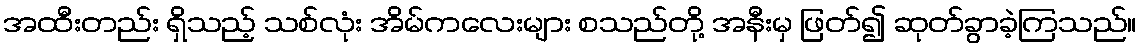
အထီးတည်း ရှိသည့် သစ်လုံး အိမ်ကလေးများ စသည်တို့ အနီးမှ ဖြတ်၍ ဆုတ်ခွာခဲ့ကြသည်။